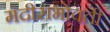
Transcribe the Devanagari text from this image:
मंदीराभोवती